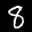
Label: 8